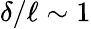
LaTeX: \delta/\ell\sim 1